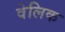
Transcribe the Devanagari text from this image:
वेलिक